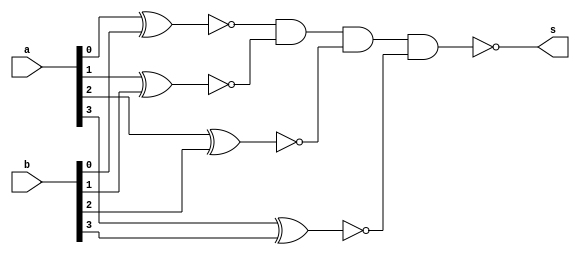
// ------------------------- 
// Exemplo0023 - diferente 
// Nome: Gabriel Luiz M. G. Vieira 
// ------------------------- 
// ------------------------- 
// diferente_gate 
// ------------------------- 
module diferente (output  s,
input  [3:0] a, 
input  [3:0] b);

wire [3:0] x;

xnor XNOR1(x[0],a[0],b[0]);
xnor XNOR2(x[1],a[1],b[1]);
xnor XNOR3(x[2],a[2],b[2]);
xnor XNOR4(x[3],a[3],b[3]);
nand NAND1(s,x[0],x[1],x[2],x[3]);

endmodule//diferente

module test_diferente; 
// ------------------------- definir dados 
reg [3:0] y,z;  
wire g;
diferente modulo1 (g,y,z);
// ------------------------- parte principal 
initial begin 
$display("Exemplo0023 - Gabriel Luiz M. G. Vieira - 441691"); 
$display("Test LU's module"); 
y = 4'b0000; z = 4'b0000;
// projetar testes do modulo 
#1 $monitor("%3b %3b = %3b ",y,z,g);
#1 y = 4'b0001; z = 4'b0000;
#1 y = 4'b0001; z = 4'b0001;
#1 y = 4'b0010; z = 4'b0001;
#1 y = 4'b0010; z = 4'b0010;
#1 y = 4'b0011; z = 4'b0010;
#1 y = 4'b0011; z = 4'b0011;
#1 y = 4'b0100; z = 4'b0011;
#1 y = 4'b0100; z = 4'b0100;
#1 y = 4'b0101; z = 4'b0100;
#1 y = 4'b0101; z = 4'b0101;
#1 y = 4'b0110; z = 4'b0101;
#1 y = 4'b0110; z = 4'b0110;
#1 y = 4'b0111; z = 4'b0110;
#1 y = 4'b0111; z = 4'b0111;
#1 y = 4'b1000; z = 4'b0111;
#1 y = 4'b1000; z = 4'b1000;
#1 y = 4'b1001; z = 4'b1000;
#1 y = 4'b1001; z = 4'b1001;
#1 y = 4'b1010; z = 4'b1001;
#1 y = 4'b1010; z = 4'b1010;
#1 y = 4'b1011; z = 4'b1010;
#1 y = 4'b1011; z = 4'b1011;
#1 y = 4'b1100; z = 4'b1011;
#1 y = 4'b1100; z = 4'b1100;
#1 y = 4'b1101; z = 4'b1100;
#1 y = 4'b1101; z = 4'b1101;
#1 y = 4'b1110; z = 4'b1101;
#1 y = 4'b1110; z = 4'b1110;
#1 y = 4'b1111; z = 4'b1110;
#1 y = 4'b1111; z = 4'b1111;

end 
endmodule // test_diferente